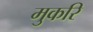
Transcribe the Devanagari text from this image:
मुकरि